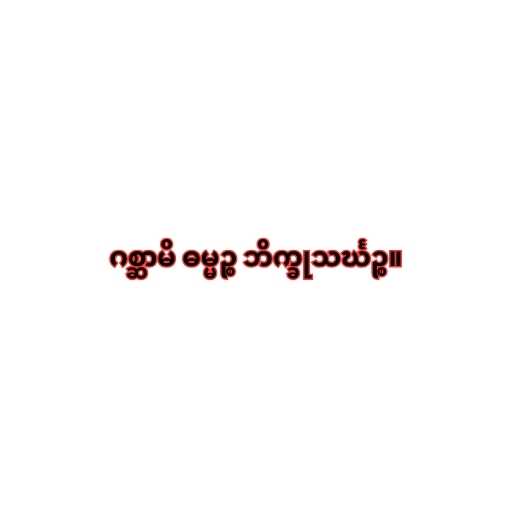
ဂစ္ဆာမိ ဓမ္မဉ္စ ဘိက္ခုသင်္ဃဉ္စ။